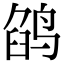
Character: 鹐